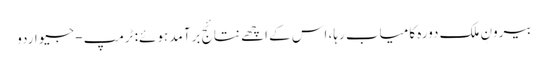
بیرونِ ملک دورہ کامیاب رہا، اس کے اچھے نتائج برآمد ہوئے: ٹرمپ - جیو اردو